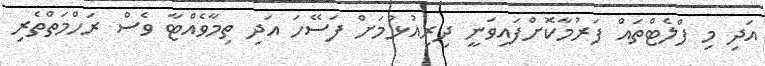
އަދި މި ފްލެޓްތައް ފަރުމާކޮށްފައިވަނީ ދިރިއުޅުމަށް ފަސޭހަ އަދި ތިމާވެއްޓާ ވެސް ރަހްމަތްތެރި